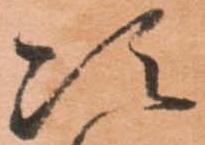
次